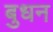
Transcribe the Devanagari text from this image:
बुधन